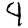
Digit: 4